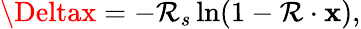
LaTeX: \Deltax=-\mathcal{R}_{s}\ln(1-\mathbf{{\mathcal{R}}}\cdot\mathbf{{x}}),